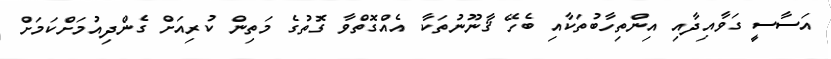
އަސާސީ ގަވާއިދާއި އިންތިހާބުތަކާއި ބެހޭ ޤާނޫނުތަކާ އެއްގޮތްވާ ގޮތުގެ މަތިން ކުރިއަށް ގެންދިއުމަށްކަމަށް